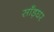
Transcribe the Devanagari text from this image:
साँड़घर